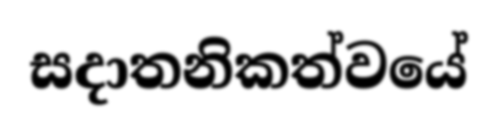
සදාතනිකත්වයේ